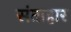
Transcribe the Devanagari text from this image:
संताहार